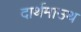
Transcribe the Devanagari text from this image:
दार्थमाउथ